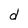
Character: d